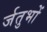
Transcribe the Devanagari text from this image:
र्जतुभों